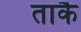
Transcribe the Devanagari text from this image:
ताकै